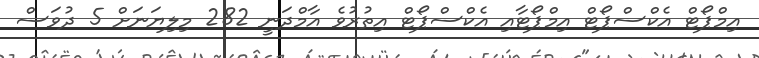
އިމްޕޯޓް އެކްސްޕޯޓް އިމްޕޯޓާއި އެކްސްޕޯޓް އިތުރުވެ އާމްދަނީ 282 މިލިޔަނަށް 5 ދުވަސް